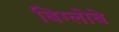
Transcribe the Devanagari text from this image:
बिग्लोबे